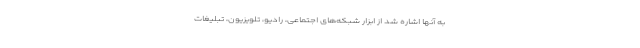
به آنها اشاره شد از ابزار شبکه‌های اجتماعی، رادیو، تلویزیون، تبلیغات